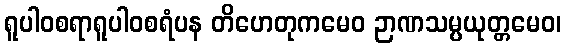
ရူပါဝစရာရူပါဝစရံပန တိဟေတုကမေဝ ဉာဏသမ္ပယုတ္တမေဝ၊